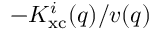
- K _ { \mathrm { x c } } ^ { i } ( q ) / v ( q )